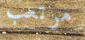
مرتعب